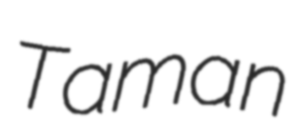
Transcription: Taman